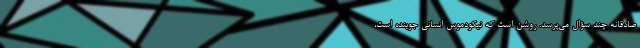
صادقانه چند سؤال می‌پرسد. روشن است که نیکودموس انسانی جوینده است،